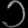
Digit: ၁